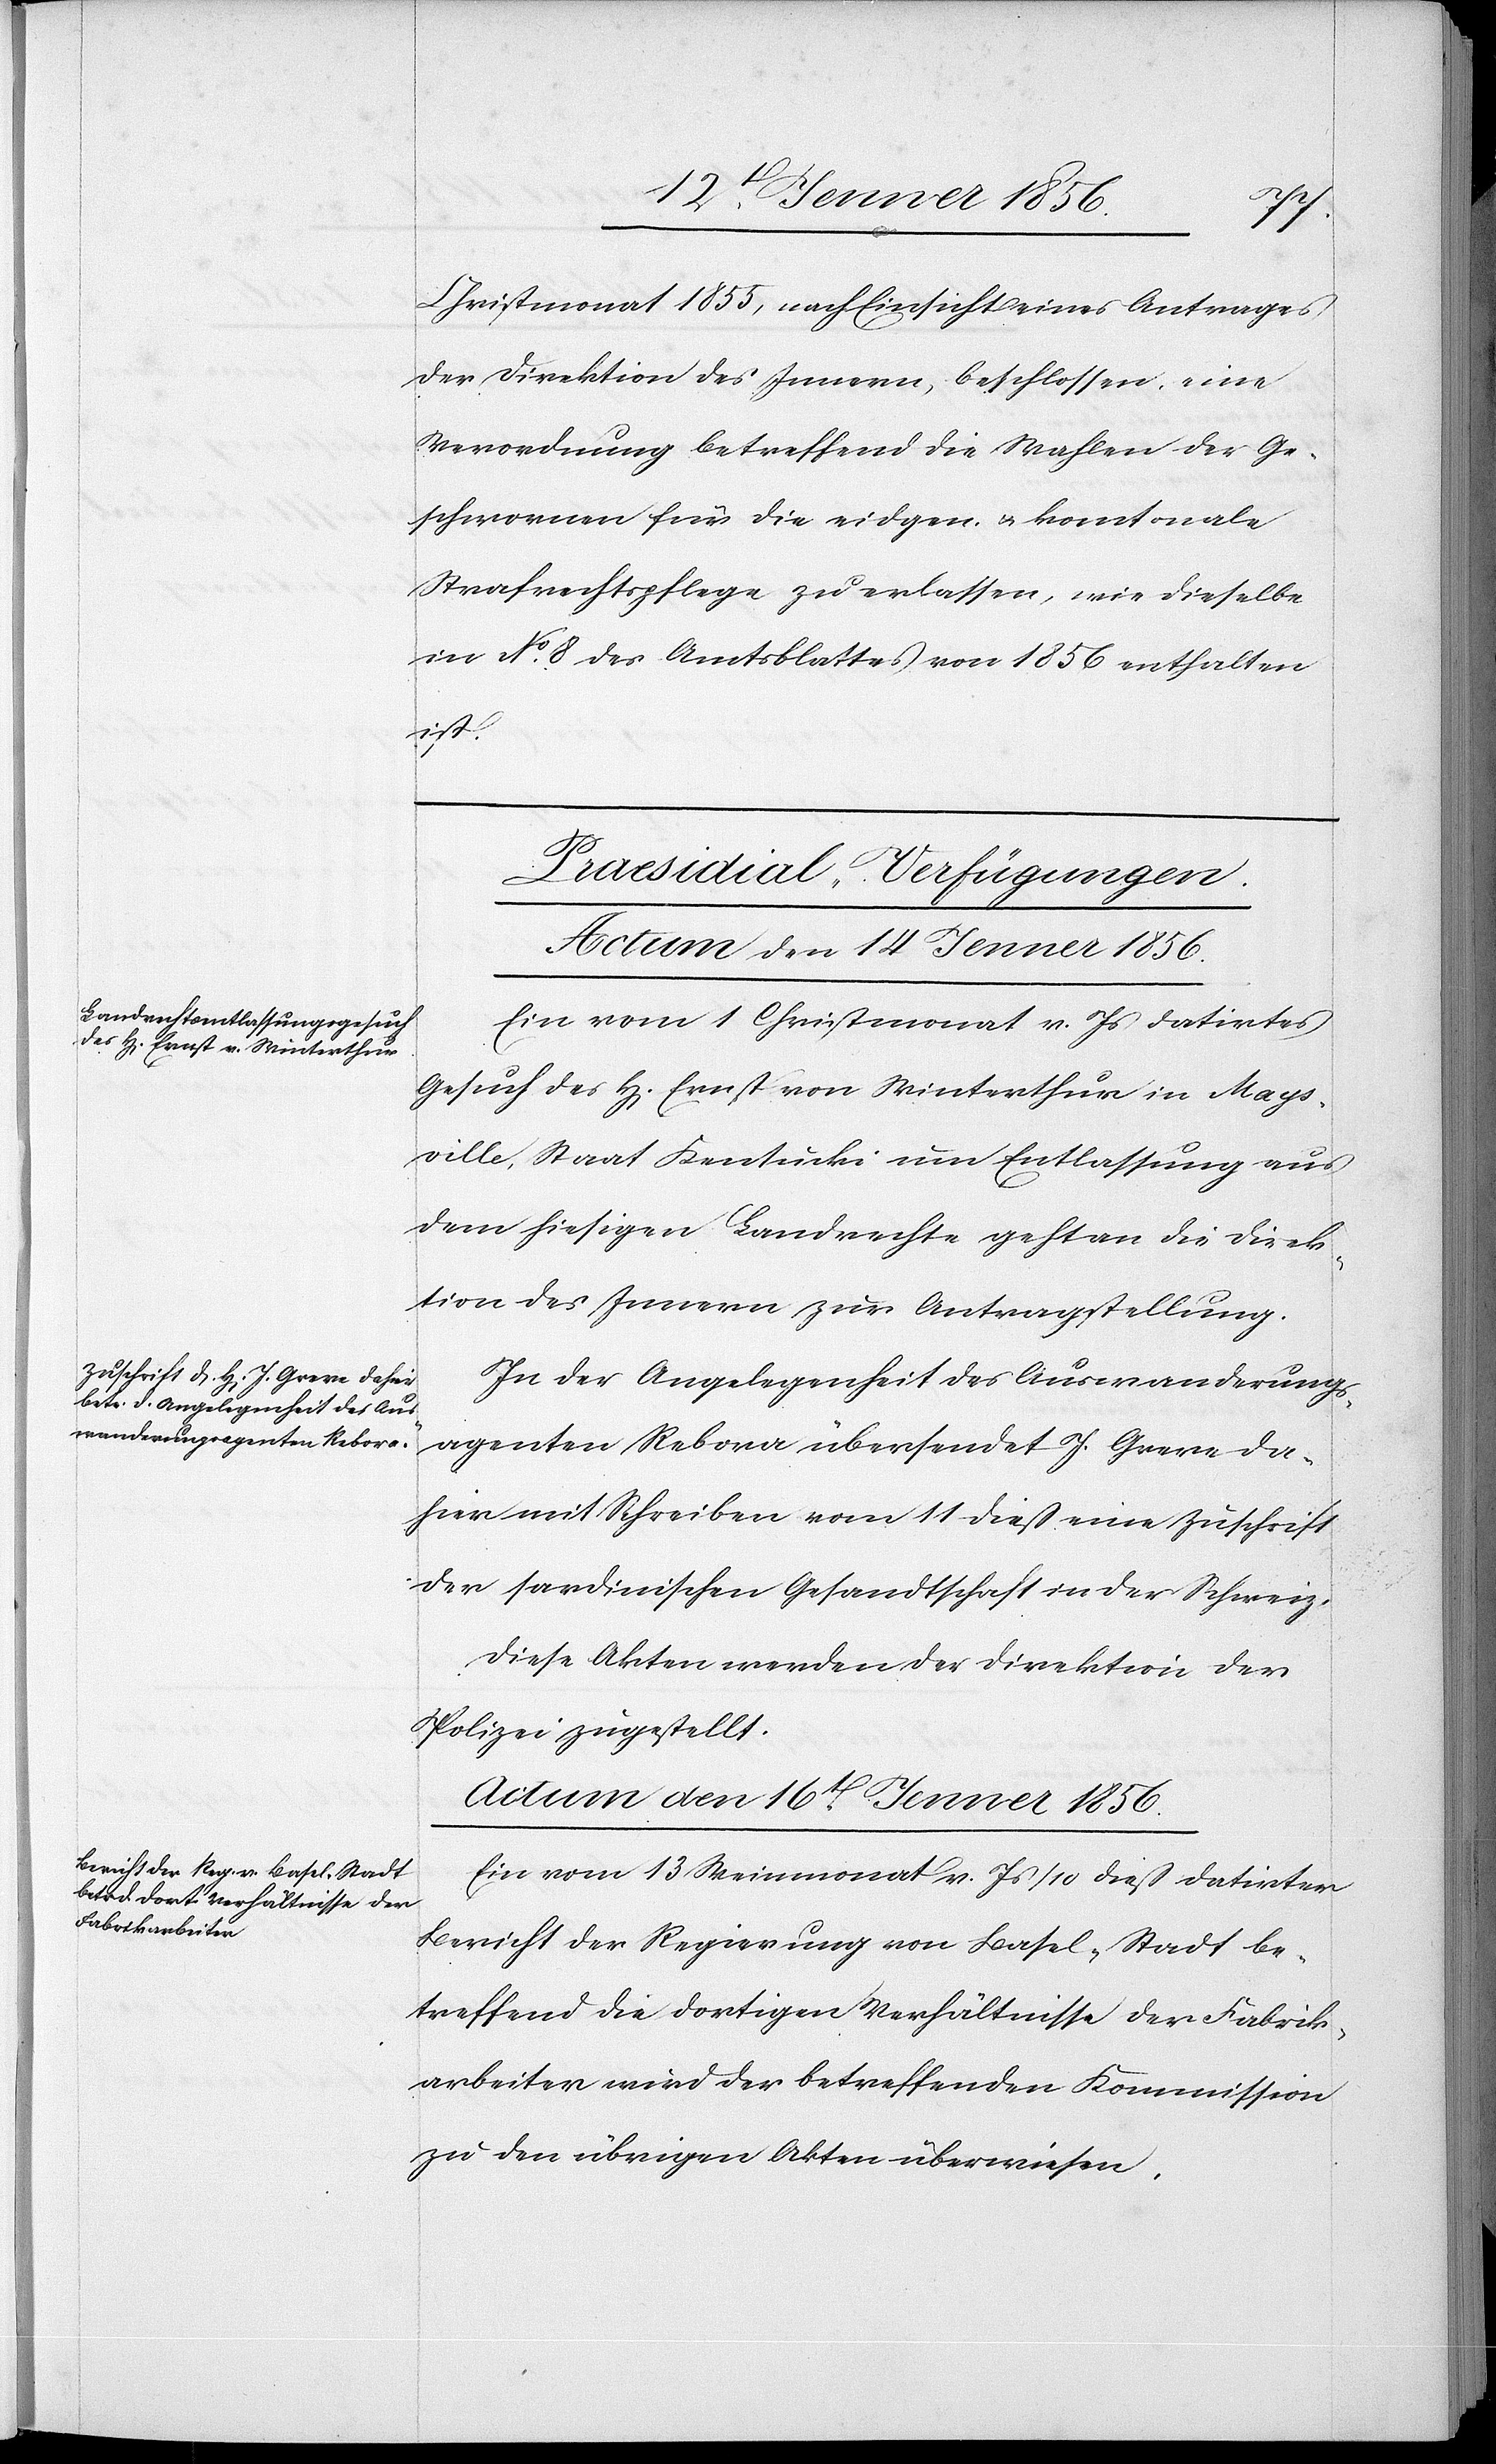
Christmonat 1855, nach Einsicht eines Antrages
der Direktion des Innern, beschlossen, eine
Verordnung betreffend die Wahlen der Ge¬
schwornen für die eidgen. u. kantonale
Strafrechtspflege zu erlassen, wie dieselbe
in No 8 des Amtsbalttes von 1856 enthalten
ist.
[Präsidial-Verfügungen]
Actum den 14 Jenner 1856.]
Ein vom 1 Christmonat v. Js datirtes
Gesuch des H[errn] Ernst von Winterthur in Mays¬
ville, Staat Kentucki um Entlassung aus
dem hiesigen Landrechte gethan die Direk¬
tion des Innern zur Antragstellung.
In der Angelegenheit des Auswanderungs¬
agenten Rebora übersendet J. Greve da¬
hier mit Schreiben vom 11 dieß eine Zuschrift
der sardinischen Gesandtschaft in der Schweiz.
Diese Akten werden der Direktion der
Polizei zugestellt.
Actum den 16t Jenner 1856.
Ein vom 13 Weinmonat v. Js/10 dieß datirter
Bericht der Regierung von Basel-Stadt be¬
treffend die dortigen Verhältnisse der Fabrik¬
arbeiter wird der betreffenden Kommission
zu den übrigen Akten überwiesen.